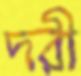
দরী